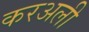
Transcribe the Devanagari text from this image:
करअली